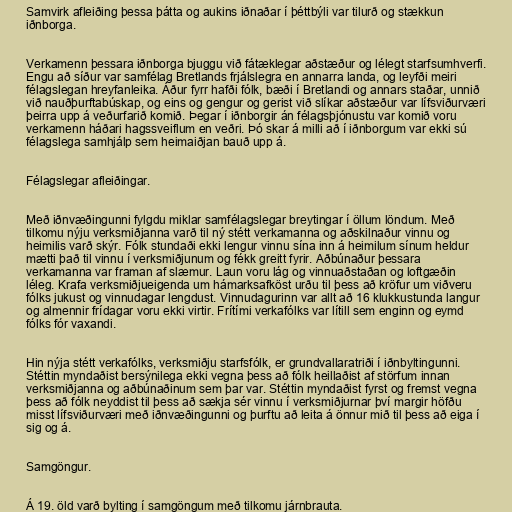
Samvirk afleiðing þessa þátta og aukins iðnaðar í þéttbýli var tilurð og stækkun
iðnborga.

Verkamenn þessara iðnborga bjuggu við fátæklegar aðstæður og lélegt starfsumhverfi.
Engu að síður var samfélag Bretlands frjálslegra en annarra landa, og leyfði meiri
félagslegan hreyfanleika. Áður fyrr hafði fólk, bæði í Bretlandi og annars staðar, unnið
við nauðþurftabúskap, og eins og gengur og gerist við slíkar aðstæður var lífsviðurværi
þeirra upp á veðurfarið komið. Þegar í iðnborgir án félagsþjónustu var komið voru
verkamenn háðari hagssveiflum en veðri. Þó skar á milli að í iðnborgum var ekki sú
félagslega samhjálp sem heimaiðjan bauð upp á.

Félagslegar afleiðingar.

Með iðnvæðingunni fylgdu miklar samfélagslegar breytingar í öllum löndum. Með
tilkomu nýju verksmiðjanna varð til ný stétt verkamanna og aðskilnaður vinnu og
heimilis varð skýr. Fólk stundaði ekki lengur vinnu sína inn á heimilum sínum heldur
mætti það til vinnu í verksmiðjunum og fékk greitt fyrir. Aðbúnaður þessara
verkamanna var framan af slæmur. Laun voru lág og vinnuaðstaðan og loftgæðin
léleg. Krafa verksmiðjueigenda um hámarksafköst urðu til þess að kröfur um viðveru
fólks jukust og vinnudagar lengdust. Vinnudagurinn var allt að 16 klukkustunda langur
og almennir frídagar voru ekki virtir. Frítími verkafólks var lítill sem enginn og eymd
fólks fór vaxandi.

Hin nýja stétt verkafólks, verksmiðju starfsfólk, er grundvallaratriði í iðnbyltingunni.
Stéttin myndaðist bersýnilega ekki vegna þess að fólk heillaðist af störfum innan
verksmiðjanna og aðbúnaðinum sem þar var. Stéttin myndaðist fyrst og fremst vegna
þess að fólk neyddist til þess að sækja sér vinnu í verksmiðjurnar því margir höfðu
misst lífsviðurværi með iðnvæðingunni og þurftu að leita á önnur mið til þess að eiga í
sig og á.

Samgöngur.

Á 19. öld varð bylting í samgöngum með tilkomu járnbrauta.